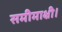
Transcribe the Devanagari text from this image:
समीमाक्षी।